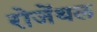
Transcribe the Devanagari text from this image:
रोजेंथल